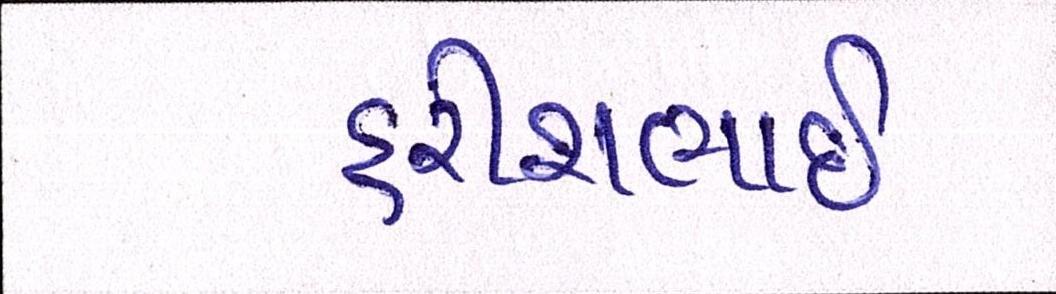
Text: હરીશભાઈ